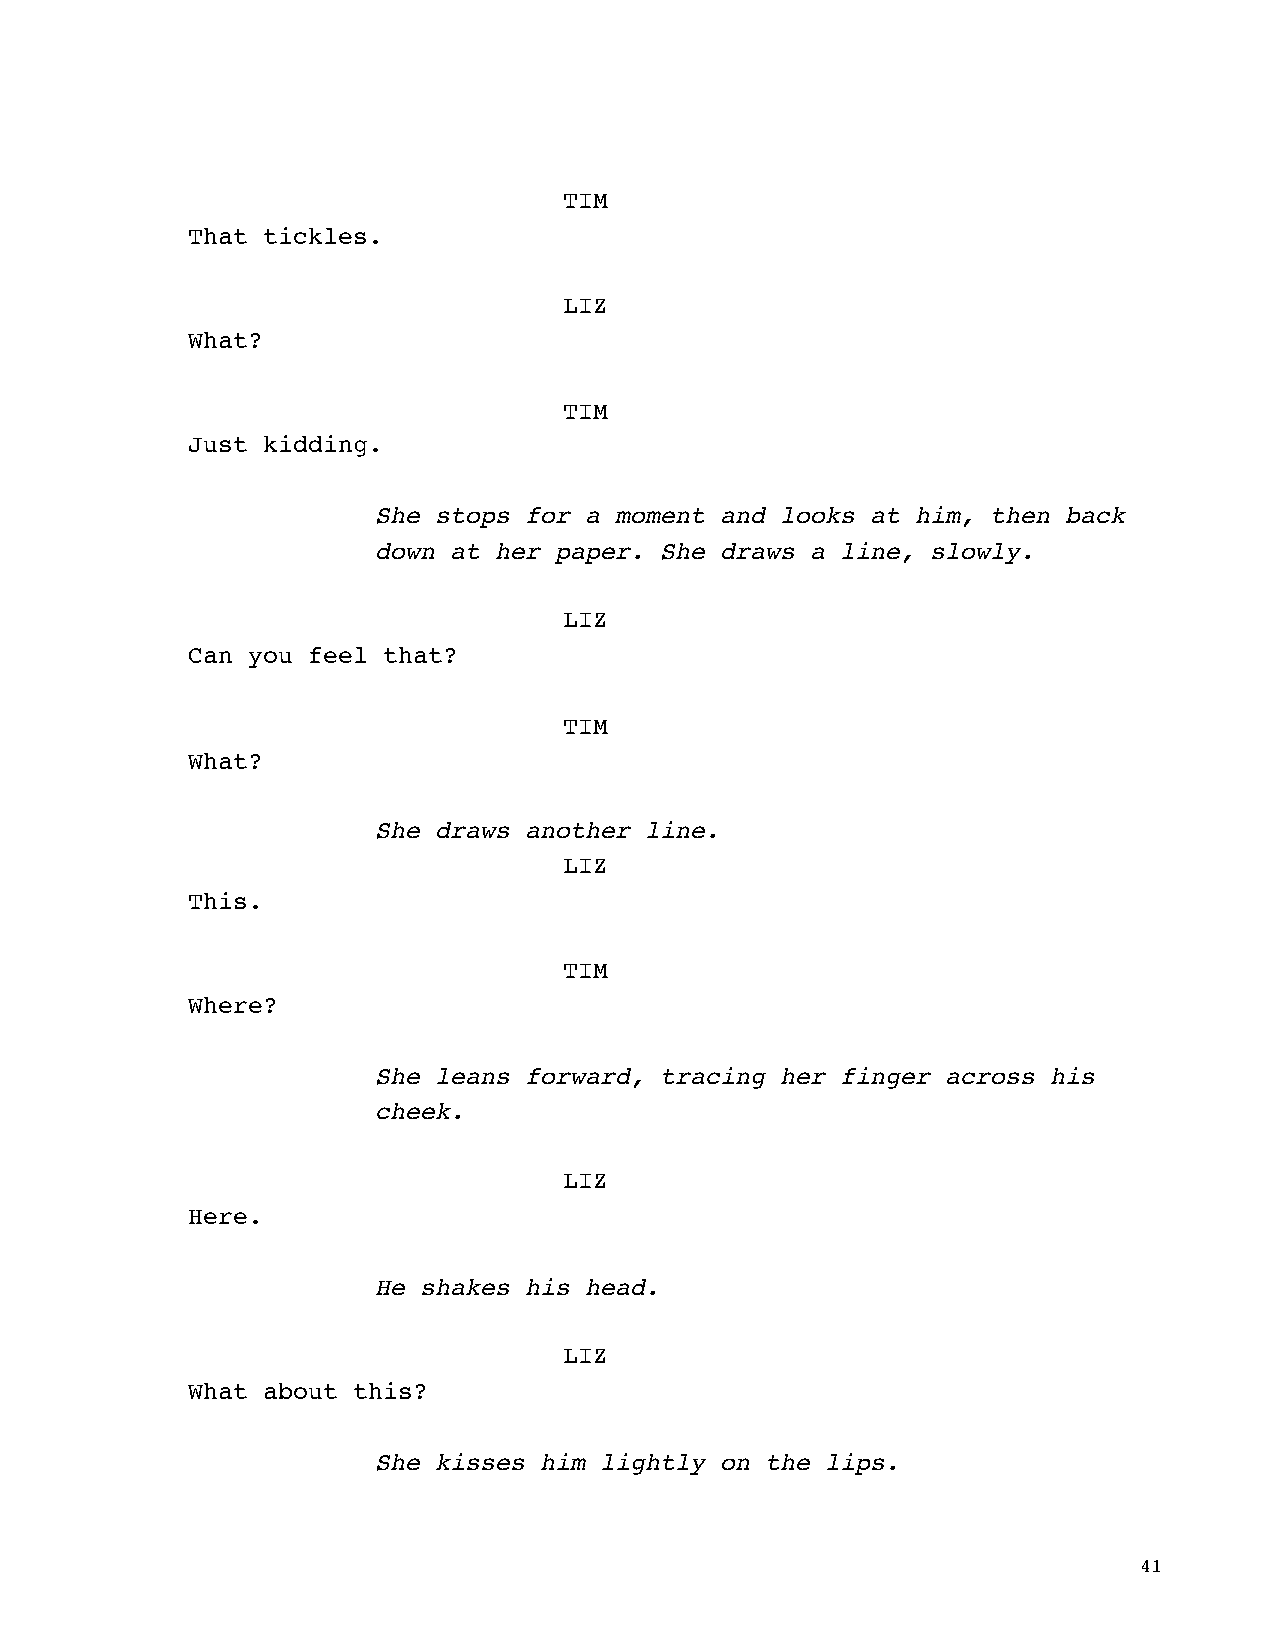
TIM
 That tickles.
 LIZ
 What?
 TIM
 Just kidding.
 She stops for a moment and looks at him, then back
 down at her paper. She draws a line, slowly.
 LIZ
 Can you feel that?
 TIM
 What?
 She draws another line.
 LIZ
 This.
 TIM
 Where?
 She leans forward, tracing her finger across his
 cheek.
 LIZ
 Here.
 He shakes his head.
 LIZ
 What about this?
 She kisses him lightly on the lips.
 41